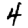
Digit: 4